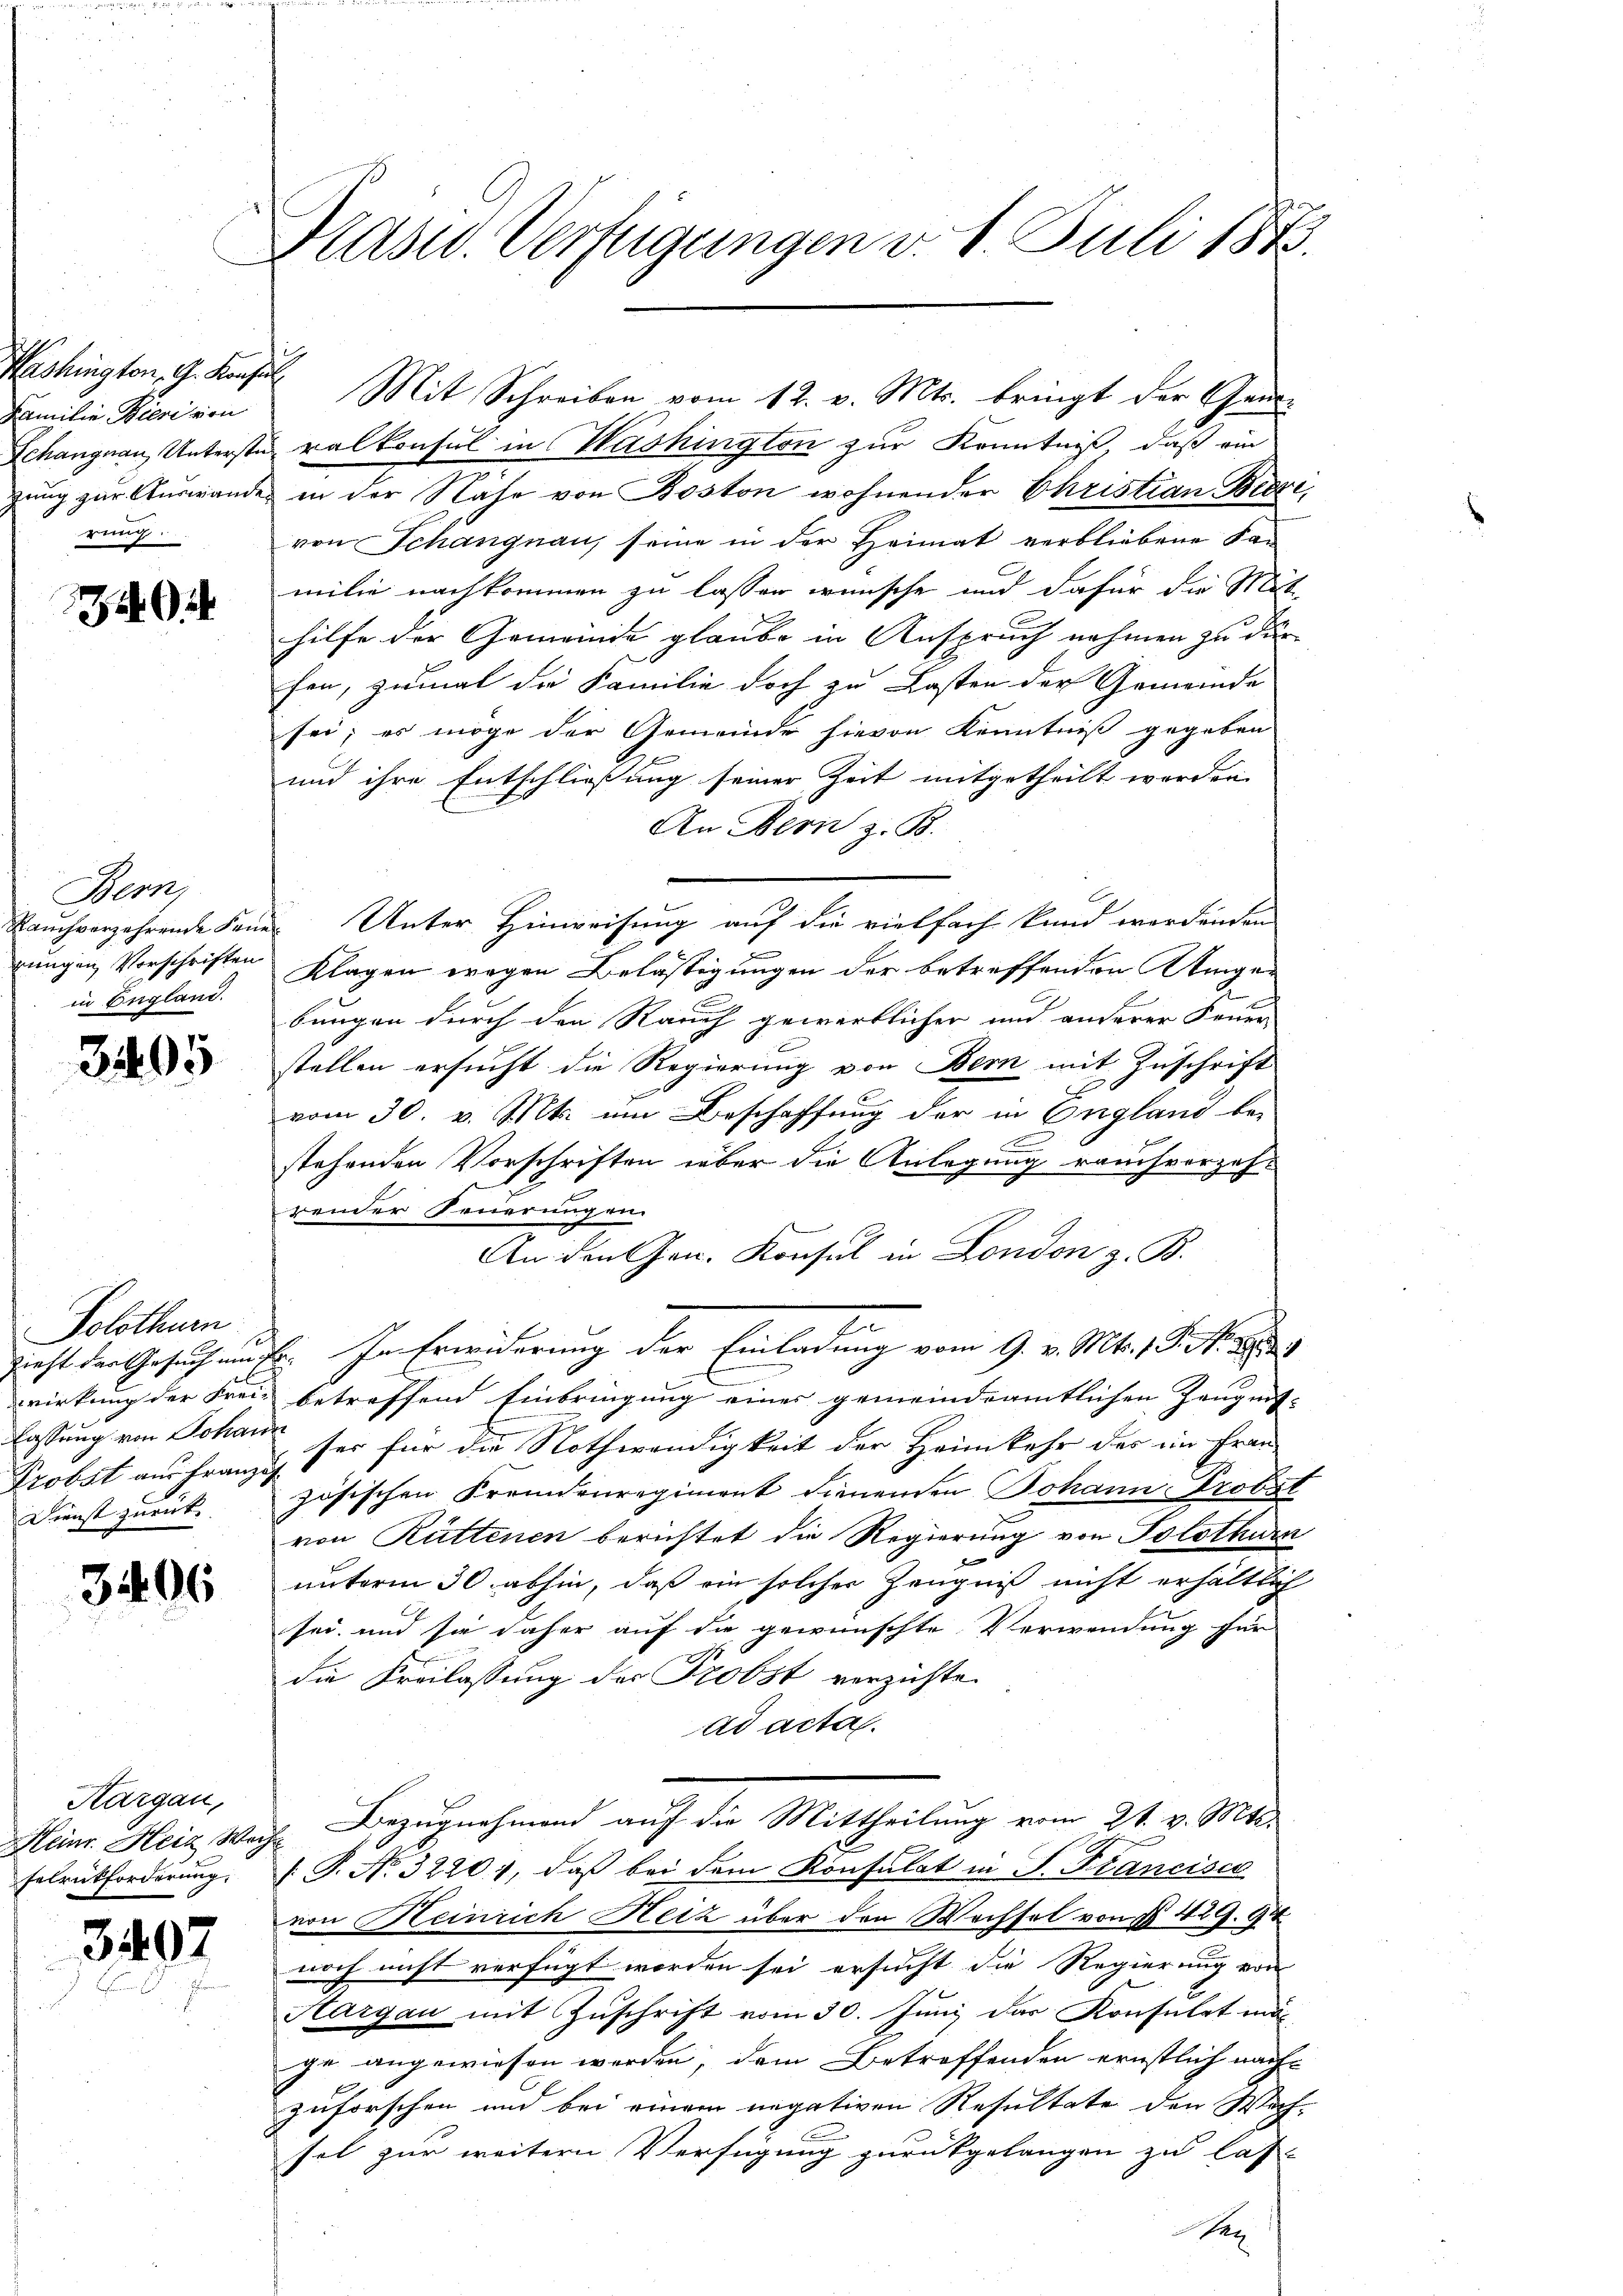
Washington, G. Konsul
Familie Bieri von
Schangnau, Unterstazung zur Auswanden
rung.

Bern,
Rauch verzehrende Kann
jungen Vorschriften
in England.

3495

Solothurn
Zieht der Gesuch au
wirkung der Frei-
lassung von Johan
Probst aus Franz
Dienst zurück.

3406

Hargau,
Heinr. Heiz, Weg
Felrückforderung.

34097

Präsid. Verfügungen v. 1. Juli 184.

Mit Schreiben vom 12. v. Mts. bringt der Gensralkonsul in Washington zur Kenntniß, daß ein
in der Nähe von Boston wohnender Christian Bieri,
von Schangnau, seine in der Heimat verbliebene San
milie nachkommen zu lassen wünsche und dafür die Mit-
hilfe der Gemeinde glaube in Anspruch nehmen zu dür
fen, zumal die Familie doch zu Lasten der Gemeinde
sei; es möge der Gemeinde hievon Kenntniß gegeben
und ihre Entschließung seiner Zeit mitgetheilt werden.
An Bern z. B.
Unter Hinweisung auf die vielfach kund wordenden
Klagen wegen Belästigungen der betreffenden Ringer
bungen durch den Rauch gewerblicher und anderer Feuer
stellen ersucht die Regierung von Bern mit Zuschrift
vom 30. v. Mts. um Beschaffung der in England be-
x
stehenden Vorschriften über die Anlegung rauch vorzoh-
render Feuerungen.
An den Hrn. Konsul in London z. B.
b. In Erwiderung der Einladung vom 9. v. Mts. 1 S. N. 281
betreffend Einbringung einer gemeindeamtlichen Zeugnis-
ses für die Nothwendigkeit der Heimkehr des im Frau
zösischen Fremdenregiment dienenden Johann Probel
von Rüttenen berichtet die Regierung von Solothurn
unterm 30. abhin, daß ein solcher Zeugniß nicht erhältlich
sei, und sie daher auf die gewünschte Verwendung für
2.
die Kreilassung der Probst verzichte.
ad acta.
u. Bezugnahmend auf die Mittheilung vom 21. v. Mts.
 P. Nr. 32201, daβ bei dem Konsulat in P. Francisce
von Heinrich Herz über den Wechsel von § 429. 84
noch nicht verfügt worden sei ersucht die Regierung von
Aargau mit Zuschrift vom 30. Juni der Konsulat mage angewiesen werden, dem Betreffenden ernstlich nach
zuforschen und bei einem negativen Resultate den Wachfel zur weitern Verfügung zurückgelangen zu las-
Ver